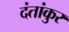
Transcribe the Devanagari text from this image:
दंतांकुर